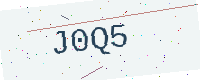
Text: J0Q5